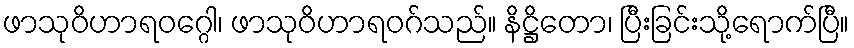
ဖာသုဝိဟာရဝဂ္ဂေါ၊ ဖာသုဝိဟာရဝဂ်သည်။ နိဋ္ဌိတော၊ ပြီးခြင်းသို့ရောက်ပြီ။